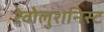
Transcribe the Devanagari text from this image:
रेवोलुशनिस्ट